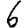
Digit: 6